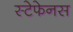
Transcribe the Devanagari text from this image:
स्टेफेनस